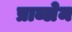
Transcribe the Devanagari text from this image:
प्राब्लेम